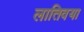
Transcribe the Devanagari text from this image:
लातिवया